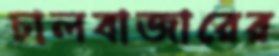
চালবাজারের